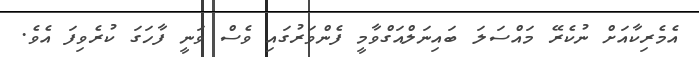
އެމެރިކާއަށް ނުކެރޭ މައްސަލަ ބައިނަލްއަގްވާމީ ފެންވަރުގައި ވެސް ވަނީ ފާހަގަ ކުރެވިފަ އެވެ.